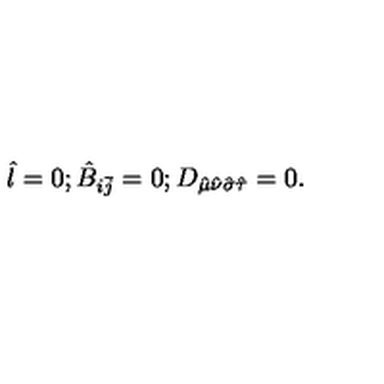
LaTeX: \hat { l } = 0 ; \hat { B } _ { i \bar { j } } = 0 ; D _ { \hat { \mu } \hat { \nu } \hat { \sigma } \hat { \tau } } = 0 .